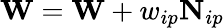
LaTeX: \mathbf{W}=\mathbf{W}+w_{ip}\mathbf{N}_{ip}